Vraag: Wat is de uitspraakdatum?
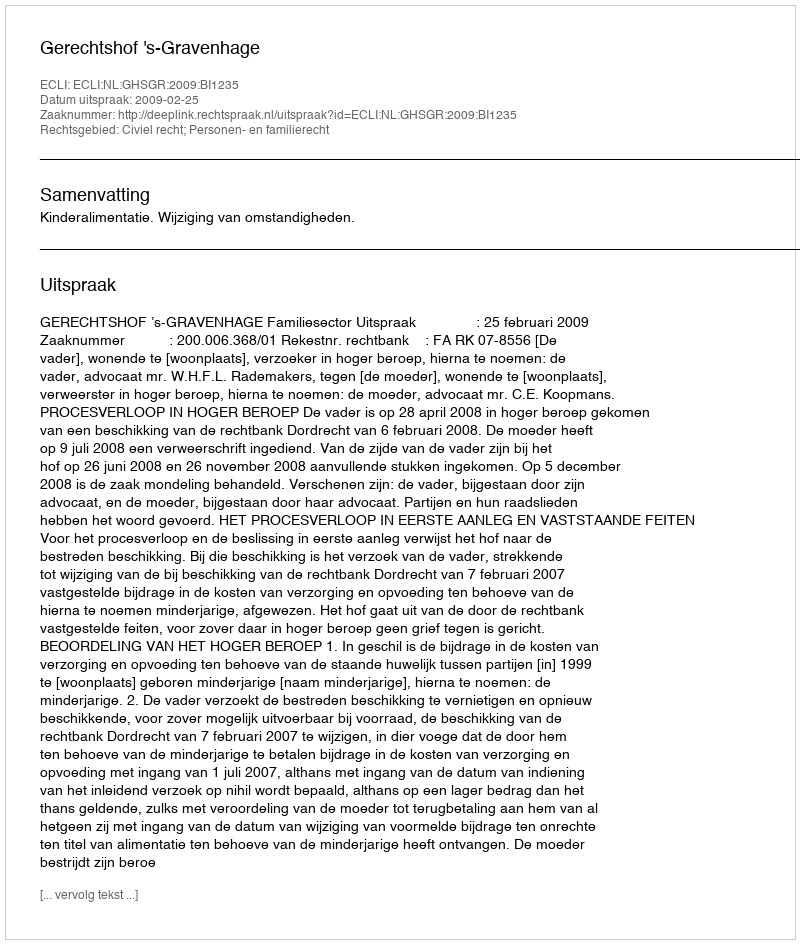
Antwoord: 2009-02-25